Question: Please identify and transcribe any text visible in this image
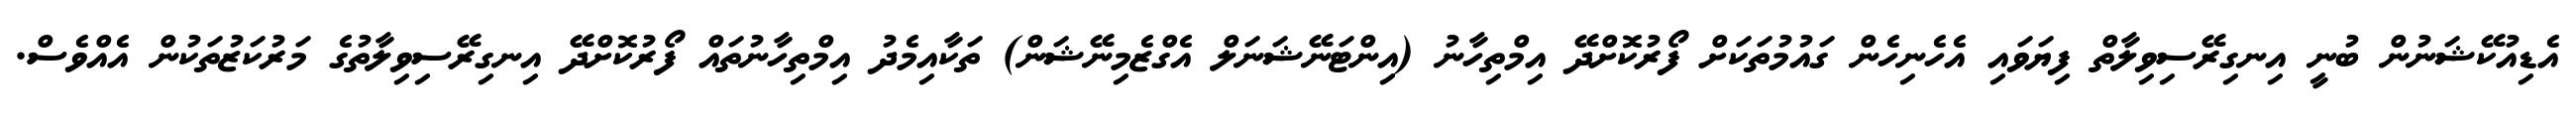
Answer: އެޑިއުކޭޝަނުން ބުނީ އިނގިރޭސިވިލާތް ފިޔަވައި އެހެނިހެން ގައުމުތަކަށް ފޯރުކޮށްދޭ އިމްތިހާނު (އިންޓަނޭޝަނަލް އެގްޒެމިނޭޝަން) ތަކާއިމެދު އިމްތިހާނުތައް ފޯރުކޮށްދޭ އިނގިރޭސިވިލާތުގެ މަރުކަޒުތަކުން އެއްވެސް.